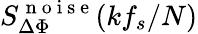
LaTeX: S_{\Delta\Phi}^{\mathrm{~n~o~i~s~e~}}(kf_{s}/N)